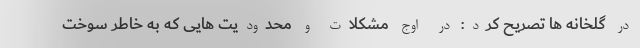
در گلخانه ها تصریح کرد: در اوج مشکلات و محدودیت هایی که به خاطر سوخت